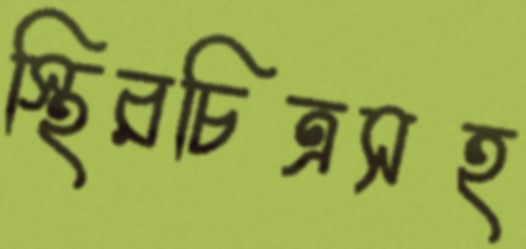
স্থিরচিত্রসহ